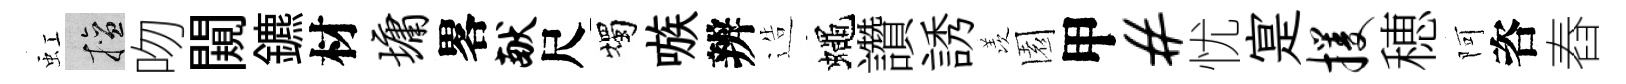
虹擅吻闚鑣材墉畧献尺燭嗾辨造蠅讚誘羡園甲#忧寔攫穂阿咨舂